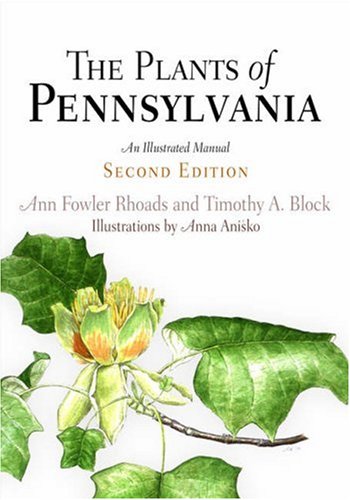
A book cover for The Plants of Pennsylvania: An Illustrated Manual; Ann Fowler Rhoads; Science & Math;